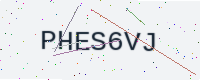
Text: PHES6VJ